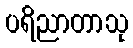
ပရိညာတာသု